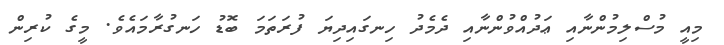
މިއީ މުސްލިމުންނާއި ޢަދުއްވުންނާއި ދެމެދު ހިނގައިދިޔަ ފުރަތަމަ ބޮޑު ހަނގުރާމައެވެ. މީގެ ކުރިން